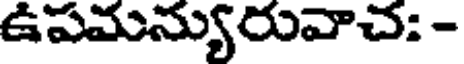
ఉపమన్యురువాచ: -